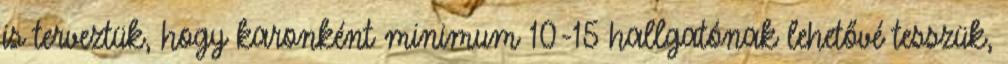
is terveztük, hogy karonként minimum 10-15 hallgatónak lehetővé tesszük,